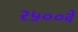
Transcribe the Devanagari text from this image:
२५००वें